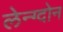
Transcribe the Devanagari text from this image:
लेन्ग्दोन